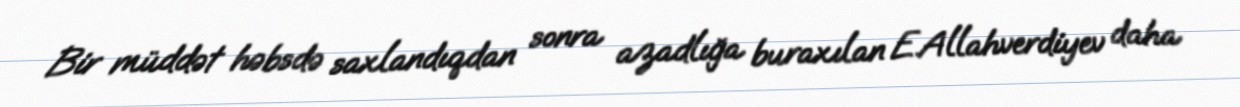
Bir müddət həbsdə saxlandıqdan sonra azadlığa buraxılan E.Allahverdiyev daha